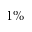
1 \%